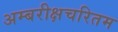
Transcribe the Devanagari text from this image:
अम्बरीक्षचरितम